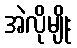
အဲလိုမျိုး